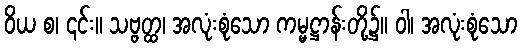
ဝိယ စ၊ ၎င်း။ သဗ္ဗတ္ထ၊ အလုံးစုံသော ကမ္မဋ္ဌာန်းတို့၌။ ဝါ၊ အလုံးစုံသော